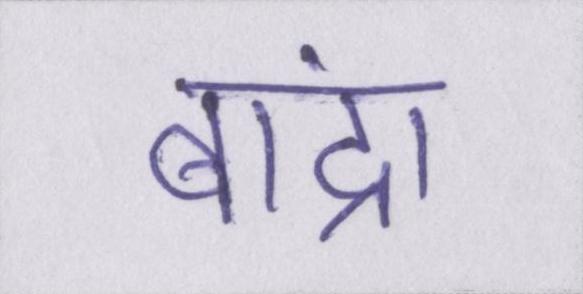
बांद्रा